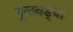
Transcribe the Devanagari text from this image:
गूळवड्या